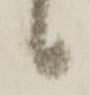
候